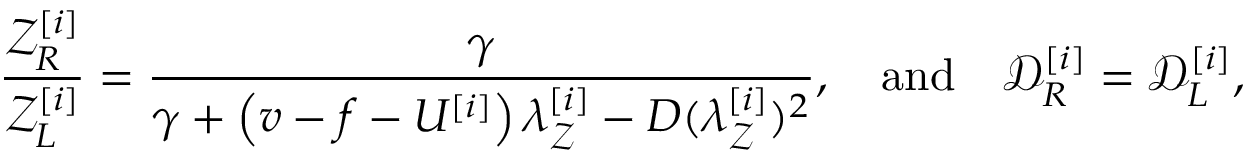
\frac { \mathcal { Z } _ { R } ^ { [ i ] } } { \mathcal { Z } _ { L } ^ { [ i ] } } = \frac { \gamma } { \gamma + \left( v - f - U ^ { [ i ] } \right) \lambda _ { \mathcal { Z } } ^ { [ i ] } - D ( \lambda _ { \mathcal { Z } } ^ { [ i ] } ) ^ { 2 } } , \quad \mathrm { a n d } \quad \mathcal { D } _ { R } ^ { [ i ] } = \mathcal { D } _ { L } ^ { [ i ] } ,